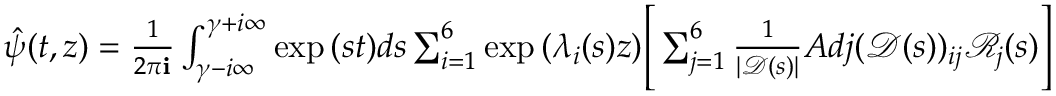
\begin{array} { r } { \hat { \psi } ( t , z ) = \frac { 1 } { 2 \pi \mathbf { i } } \int _ { \gamma - i \infty } ^ { \gamma + i \infty } \exp { ( s t ) } d s \sum _ { i = 1 } ^ { 6 } \exp { ( \lambda _ { i } ( s ) z ) } \Bigg [ \sum _ { j = 1 } ^ { 6 } \frac { 1 } { | \mathscr { D } ( s ) | } A d j ( \mathscr { D } ( s ) ) _ { i j } \mathscr { R } _ { j } ( s ) \Bigg ] } \end{array}